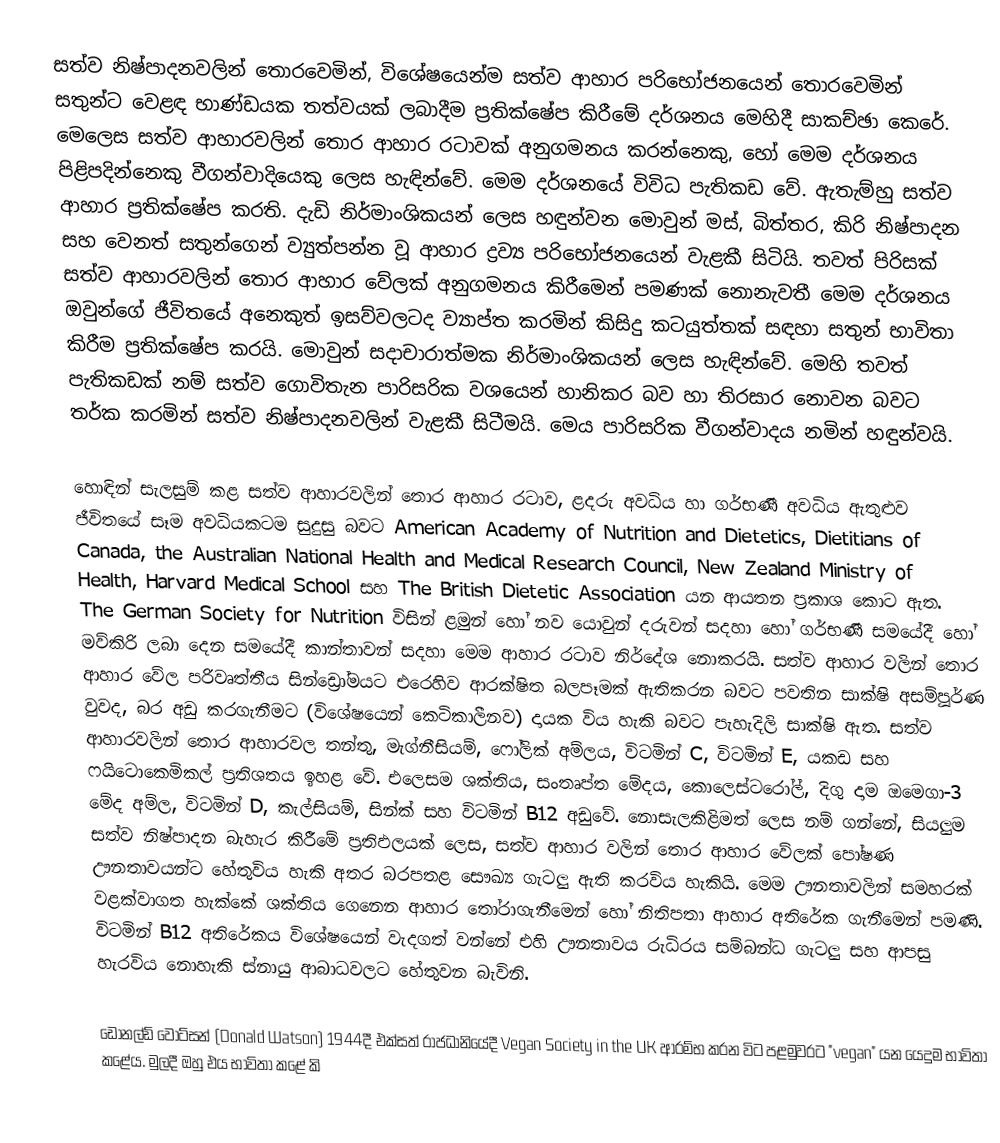
සත්ව නිෂ්පාදනවලින් තොරවෙමින්, විශේෂයෙන්ම සත්ව ආහාර පරිභෝජනයෙන් තොරවෙමින් සතුන්ට වෙළඳ භාණ්ඩයක තත්වයක් ලබාදීම ප්‍රතික්ෂේප කිරීමේ දර්ශනය මෙහිදී සාකච්ඡා කෙරේ. මෙලෙස සත්ව ආහාරවලින් තොර ආහාර රටාවක් අනුගමනය කරන්නෙකු, හෝ මෙම දර්ශනය පිළිපදින්නෙකු වීගන්වාදියෙකු ලෙස හැඳින්වේ. මෙම දර්ශනයේ විවිධ පැතිකඩ වේ. ඇතැම්හු සත්ව ආහාර ප්‍රතික්ෂේප කරති. දැඩි නිර්මාංශිකයන් ලෙස හඳුන්වන මොවුන් මස්, බිත්තර, කිරි නිෂ්පාදන සහ වෙනත් සතුන්ගෙන් ව්‍යුත්පන්න වූ ආහාර ද්‍රව්‍ය පරිභෝජනයෙන් වැළකී සිටියි. තවත් පිරිසක් සත්ව ආහාරවලින් තොර ආහාර වේලක් අනුගමනය කිරීමෙන් පමණක් නොනැවතී මෙම දර්ශනය ඔවුන්ගේ ජීවිතයේ අනෙකුත් ඉසව්වලටද ව්‍යාප්ත කරමින් කිසිදු කටයුත්තක් සඳහා සතුන් භාවිතා කිරීම ප්‍රතික්ෂේප කරයි. මොවුන් සදාචාරාත්මක නිර්මාංශිකයන් ලෙස හැඳින්වේ. මෙහි තවත් පැතිකඩක් නම් සත්ව ගොවිතැන පාරිසරික වශයෙන් හානිකර බව හා තිරසාර නොවන බවට තර්ක කරමින් සත්ව නිෂ්පාදනවලින් වැළකී සිටීමයි. මෙය පාරිසරික වීගන්වාදය නමින් හඳුන්වයි.

හොඳින් සැලසුම් කළ සත්ව ආහාරවලින් තොර ආහාර රටාව, ළදරු අවධිය හා ගර්භණී අවධිය ඇතුළුව ජීවිතයේ සෑම අවධියකටම සුදුසු බවට American Academy of Nutrition and Dietetics, Dietitians of Canada, the Australian National Health and Medical Research Council, New Zealand Ministry of Health, Harvard Medical School සහ The British Dietetic Association යන ආයතන ප්‍රකාශ කොට ඇත. The German Society for Nutrition විසින් ළමුන් හෝ නව යොවුන් දරුවන් සදහා හෝ ගර්භණී සමයේදී හෝ මව්කිරි ලබා දෙන සමයේදී කාන්තාවන් සදහා මෙම ආහාර රටාව නිර්දේශ නොකරයි. සත්ව ආහාර වලින් තොර ආහාර වේල පරිවෘත්තීය සින්ඩ්‍රෝමයට එරෙහිව ආරක්ෂිත බලපෑමක් ඇතිකරන බවට පවතින සාක්ෂි අසම්පූර්ණ වුවද, බර අඩු කරගැනීමට (විශේෂයෙන් කෙටිකාලීනව) දායක විය හැකි බවට පැහැදිලි සාක්ෂි ඇත. සත්ව ආහාරවලින් තොර ආහාරවල තන්තු, මැග්නීසියම්, ෆෝලික් අම්ලය, විටමින් C, විටමින් E, යකඩ සහ ෆයිටොකෙමිකල් ප්‍රතිශතය ඉහළ වේ. එලෙසම ශක්තිය, සංතෘප්ත මේදය, කොලෙස්ටරෝල්, දිගු දාම ඔමෙගා-3 මේද අම්ල, විටමින් D, කැල්සියම්, සින්ක් සහ විටමින් B12 අඩුවේ. නොසැලකිළිමත් ලෙස නම් ගන්නේ, සියලුම සත්ව නිෂ්පාදන බැහැර කිරීමේ ප්‍රතිඵලයක් ලෙස, සත්ව ආහාර වලින් තොර ආහාර වේලක් පෝෂණ ඌනතාවයන්ට හේතුවිය හැකි අතර බරපතළ සෞඛ්‍ය ගැටලු ඇති කරවිය හැකියි. මෙම ඌනතාවලින් සමහරක් වළක්වාගත හැක්කේ ශක්තිය ගෙනෙන ආහාර තෝරාගැනීමෙන් හෝ නිතිපතා ආහාර අතිරේක ගැනීමෙන් පමණි. විටමින් B12 අතිරේකය විශේෂයෙන් වැදගත් වන්නේ එහි ඌනතාවය රුධිරය සම්බන්ධ ගැටලු සහ ආපසු හැරවිය නොහැකි ස්නායු ආබාධවලට හේතුවන බැවිනි.

ඩොනල්ඩ් වොට්සන් (Donald Watson) 1944දී එක්සත් රාජධානියේදී Vegan Society in the UK ආරම්භ කරන විට පළමුවරට "vegan" යන යෙදුම භාවිතා කළේය. මුලදී ඔහු එය භාවිතා කළේ කි